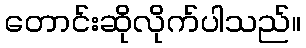
တောင်းဆိုလိုက်ပါသည်။